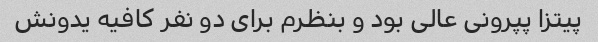
پیتزا پپرونی عالی بود و بنظرم برای دو نفر کافیه یدونش